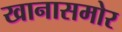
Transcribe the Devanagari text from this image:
खानासमोर